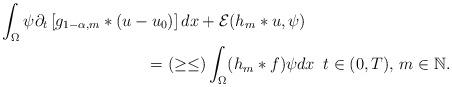
LaTeX: \begin{align*}&\int_{\Omega}\psi \partial_{t}\left[ g_{1-\alpha,m}*(u-u_{0}) \right]dx+ \mathcal{E}(h_{m}*u,\psi) \\&\quad\quad\quad\quad\quad\quad\quad\quad\quad= (\geq \leq) \int_{\Omega}(h_{m}*f)\psi dx \, \,\,t\in (0,T), \, m\in\mathbb{N}.\end{align*}